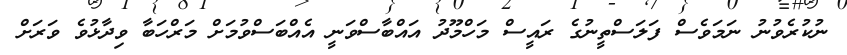
ނުކުރެވުނު ނަމަވެސް ފަލަސްތީނުގެ ރައީސް މަހްމޫދު އައްބާސްވަނީ އެއްބަސްވުމަށް މަރްހަބާ ވިދާޅުވެ ވަރަށް